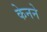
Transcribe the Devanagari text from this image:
केनने